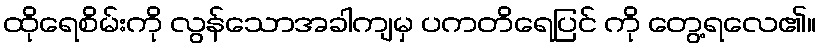
ထိုရေစိမ်းကို လွန်သောအခါကျမှ ပကတိရေပြင် ကို တွေ့ရလေ၏။